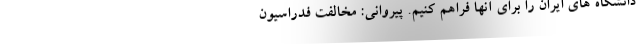
دانشگاه های ایران را برای آنها فراهم کنیم. پیروانی: مخالفت فدراسیون